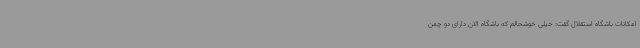
امکانات باشگاه استقلال گفت: خیلی خوشحالم که باشگاه الان دارای دو چمن